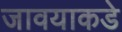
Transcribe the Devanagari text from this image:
जावयाकडे